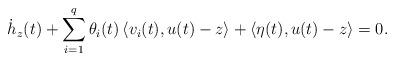
LaTeX: \begin{align*}\dot{h}_z(t) + \sum_{i=1}^{q} \theta_i (t) \left\langle v_i(t) , u(t)- z \right\rangle + \left\langle \eta (t) , u(t)- z \right\rangle =0.\end{align*}